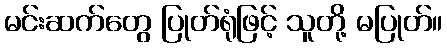
မင်းဆက်တွေ ပြုတ်ရုံဖြင့် သူတို့ မပြုတ်။